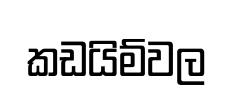
කඩයිම්වල